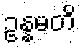
ဥန္နမတိ